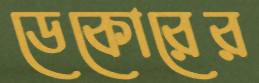
ডেকোরের